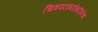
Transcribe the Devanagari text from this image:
चित्रपटांबरोबरीनेच